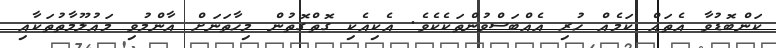
ކަންބޮޑުވާ އެތައް ކަމެއް ހުރި އެއްބަސްވުންތަކެކެވެ. އެކިއެކި ގޮތްގޮތުން މިހާތަނަށް އާންމުވި މައުލޫމާތުތަކާއި